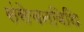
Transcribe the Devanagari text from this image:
संसेचनविधि